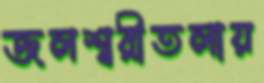
জলশ্বরীতলায়